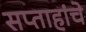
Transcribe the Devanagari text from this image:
सप्ताहांचे